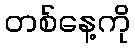
တစ်နေ့ကို